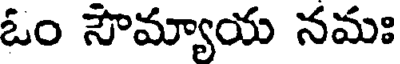
ఓం సౌమ్యాయ నమః